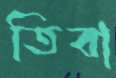
তিবা